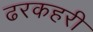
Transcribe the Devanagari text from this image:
ढरकहरी